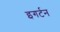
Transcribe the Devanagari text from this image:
इगर्टन